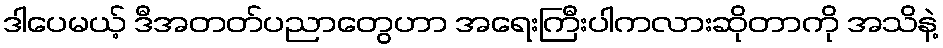
ဒါပေမယ့် ဒီအတတ်ပညာတွေဟာ အရေးကြီးပါကလားဆိုတာကို အသိနဲ့